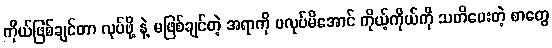
ကိုယ်ဖြစ်ချင်တာ လုပ်ဖို့ နဲ့ မဖြစ်ချင်တဲ့ အရာကို မလုပ်မိအောင် ကိုယ့်ကိုယ်ကို သတိပေးတဲ့ စာတွေ